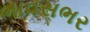
ભાવસભર